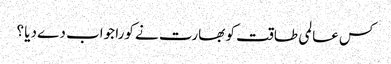
کس عالمی طاقت کو بھارت نے کورا جواب دے دیا ؟